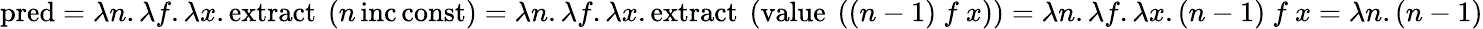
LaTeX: \operatorname{pred}=\lambda n.\lambda f.\lambda x.\operatorname{extract}\ (n\operatorname{inc}\operatorname{const})=\lambda n.\lambda f.\lambda x.\operatorname{extract}\ (\operatorname{value}\ ((n-1)\ f\ x))=\lambda n.\lambda f.\lambda x.(n-1)\ f\ x=\lambda n.(n-1)